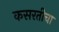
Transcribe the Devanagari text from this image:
कसरतीचा